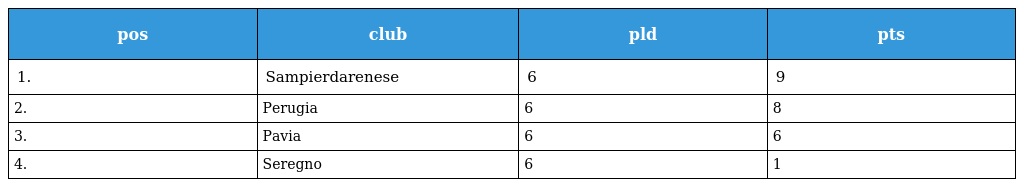
| pos | club | pld | pts |
 | --- | --- | --- | --- |
 | 1. | Sampierdarenese | 6 | 9 |
 | 2. | Perugia | 6 | 8 |
 | 3. | Pavia | 6 | 6 |
 | 4. | Seregno | 6 | 1 |